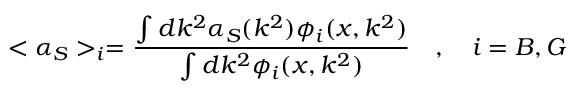
< \alpha _ { S } > _ { i } = \frac { \int d k ^ { 2 } \alpha _ { S } ( k ^ { 2 } ) \phi _ { i } ( x , k ^ { 2 } ) } { \int d k ^ { 2 } \phi _ { i } ( x , k ^ { 2 } ) } \quad , \quad i = B , G